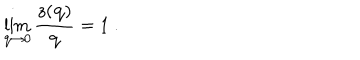
LaTeX: \lim _ { { \bf q } \rightarrow 0 } \frac { z ( { \bf q } ) } { { \bf q } } = 1 \ .